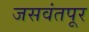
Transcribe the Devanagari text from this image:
जसवंतपूर